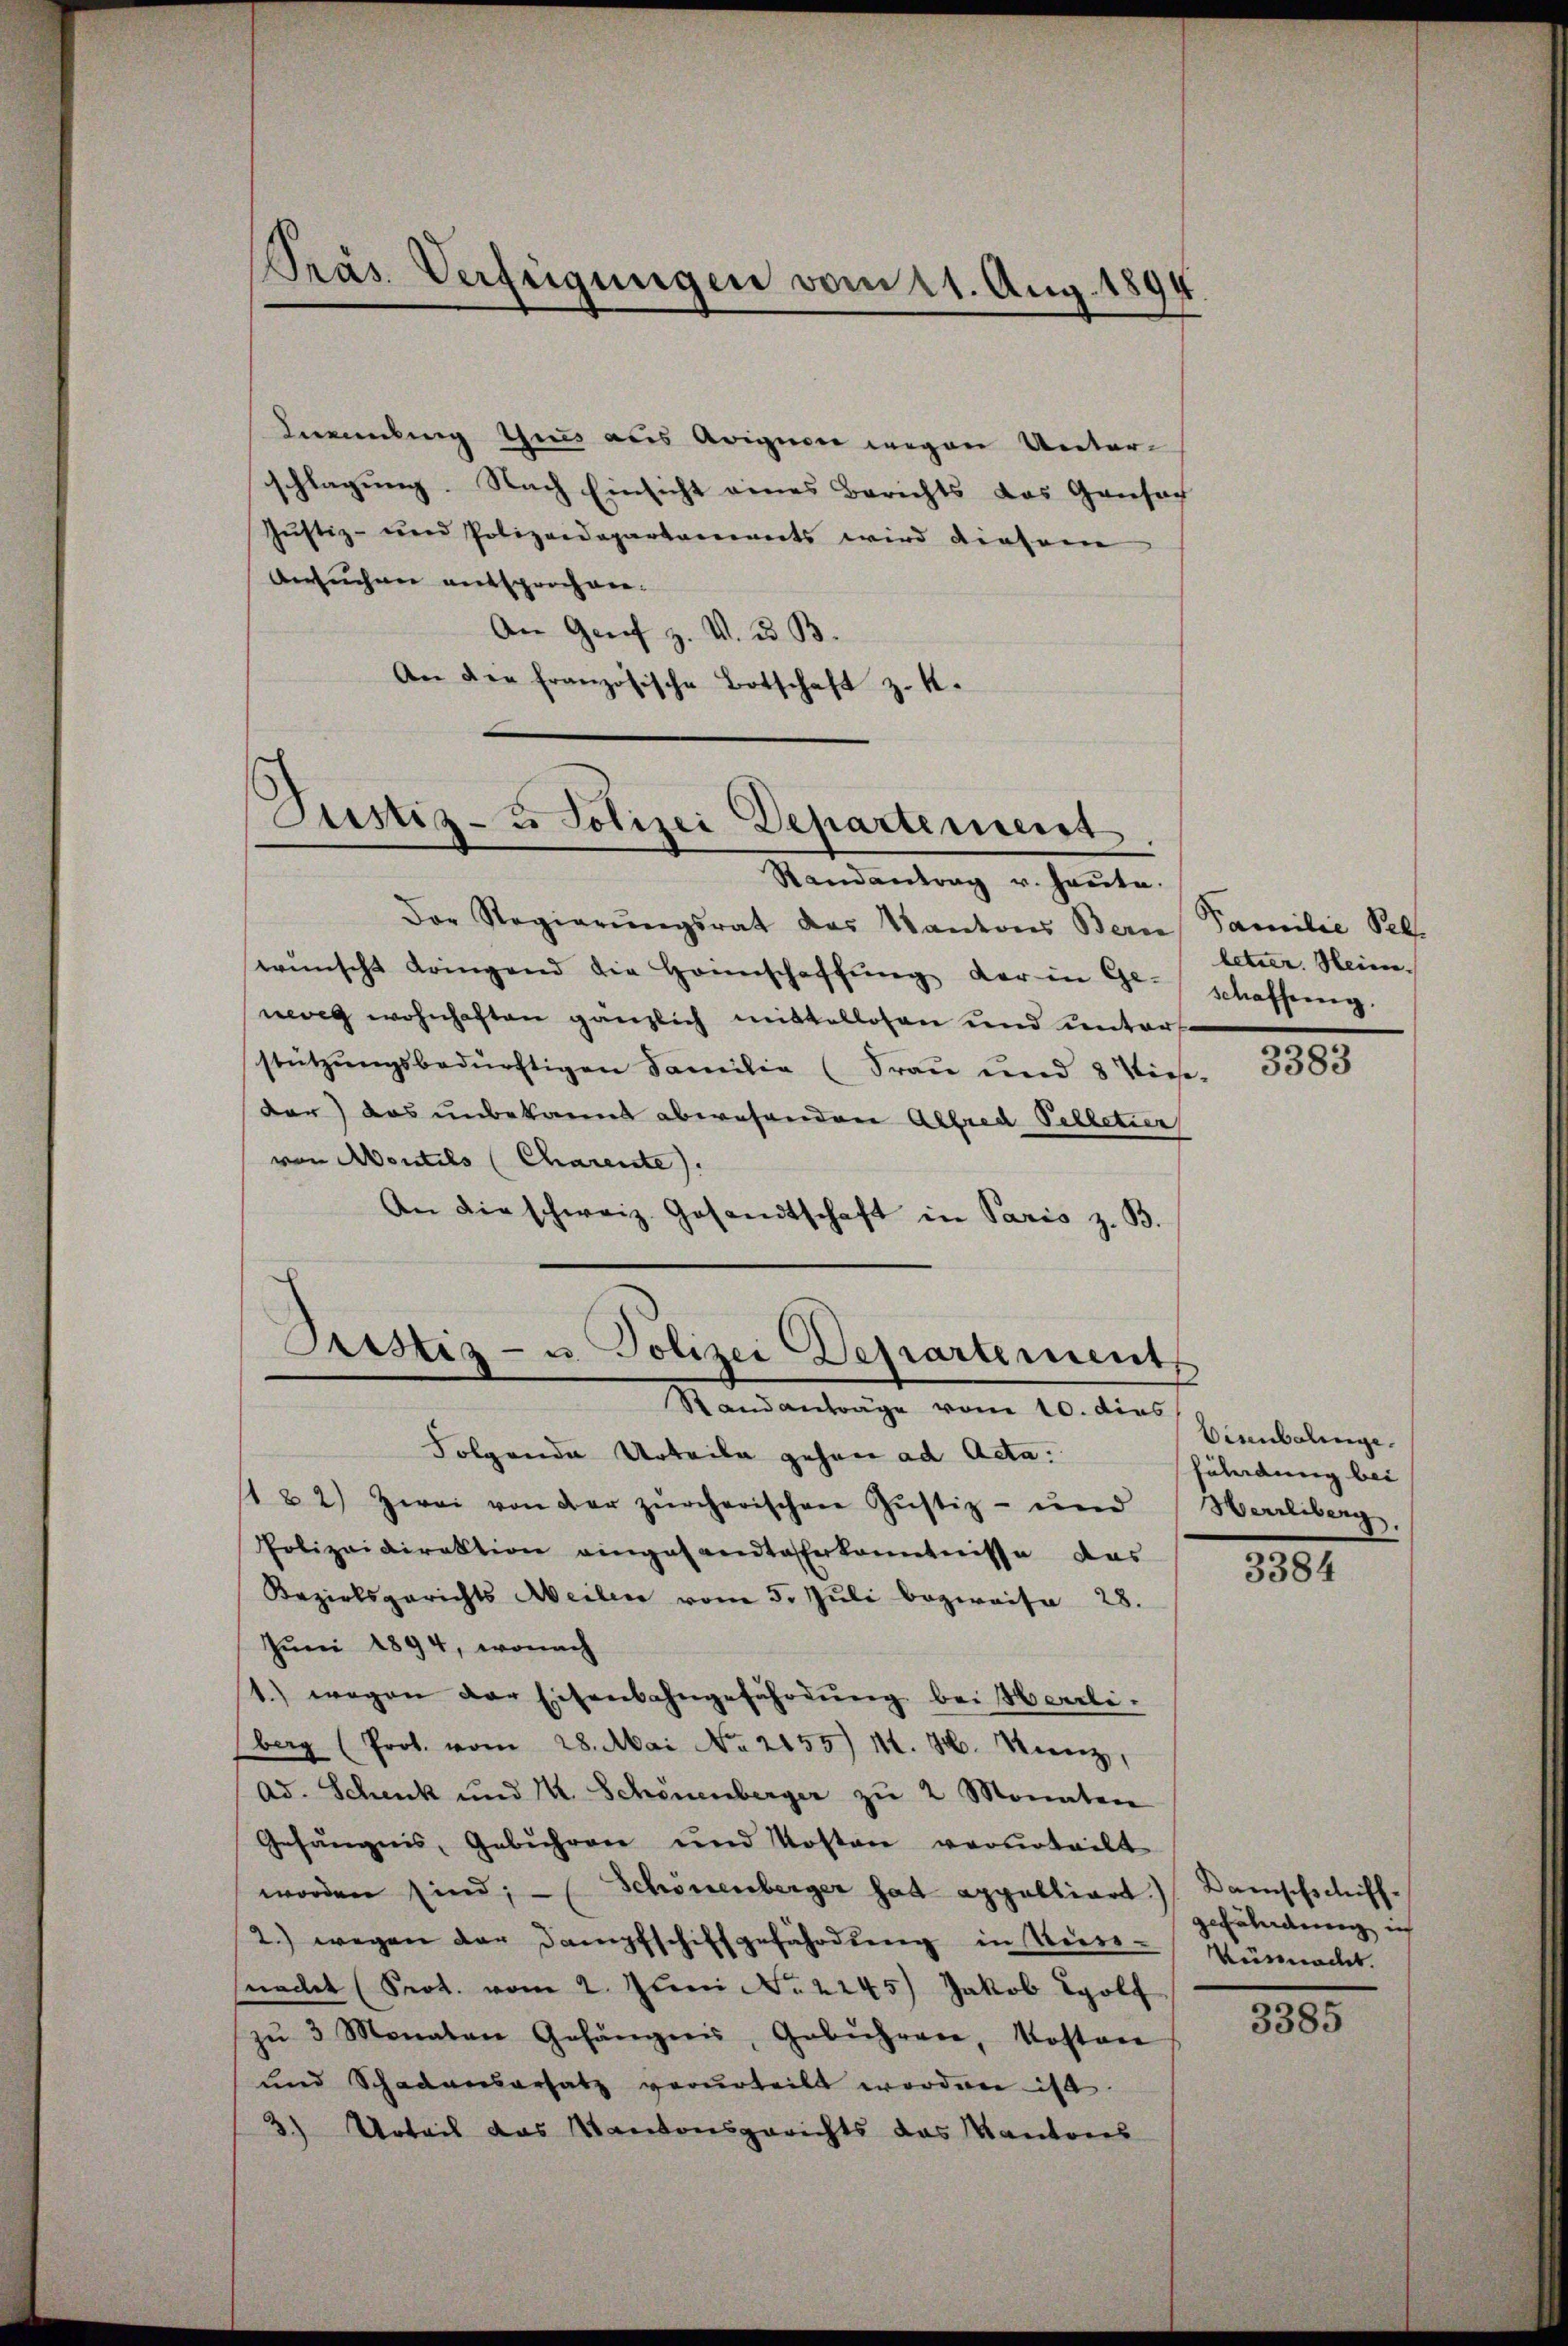
Präs. Verfügungen vom 21. Aug. 1894.

Knembung thues aus Ariguen wegen Unterschlagung. Nach Einsicht eines Berichts das Gansach
Justiz- und Polizeidepartements wird diesem
Ansuchen entsprochen.
An Genf z. V. 3. B.
An die französische Botschaft z. K.

Justiz- u Polizei Departement.

Randantrag u. heute.
Der Regierŭngsrat des Kantons Bern Familie Seb.
wünscht dringend die Honnschaffŭng der in Geschaffung.
neveg wohnhaften gänzlich mittellosen und unter
stützungsbedürftigen Familie (Frau und 8 Viesder) das unbekannt abwesenden Alfred Pelletier
von Moutils (Charente).
An die schweiz. Gesandtschaft in Paris z. B.

Sistiz- u. Polizei Departement
Standanträge vom 10. dies

Folgende Urteile gehen ad Acta.
s1 & 2) Zwei von der zürcherischen Justiz- und Herrliberg,
Polizeidirektion eingesandtaferkenntnisse das
Bezirksgerichts Weilen vom 5. Jŭli bezweife 28.
Juni 1894, wonach
1.) wegen der Eisenbahngefährdung bei Herrliberg (Prot. vom 28. Mai No 2155) 14. H. Krenz,
Ad. Schenk und M. Schönenberger zŭ 2 Monaten
Gefängnis, Gebühren und Kosten verurteilt
worden sind; - (Schönenberger hat appelliart) Bamschschiff-
2.) wegen der Dampfschiffgefährdung in Niess-Vürmacht.
nacht (Prot. vom 2. Juni No 2245) Jakob Wolf
zŭ 3 Monaten Gefängnis, Gebühren, Kosten
und Schadensersatz verurteilt worden ist.
3.) Urteil das Kantonsgerichts das Kantons

letter. Heim.

3383

Eisenbalinge.
fährdung bei

3384

gefährdung ich

3385